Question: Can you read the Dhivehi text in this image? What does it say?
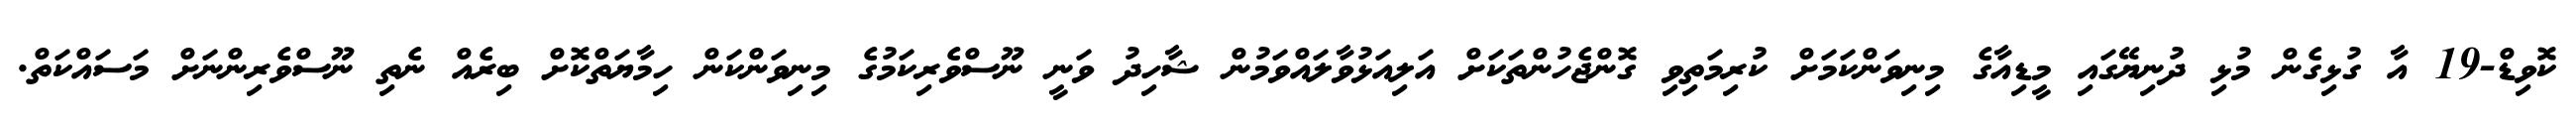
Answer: ކޮވިޑް-19 އާ ގުޅިގެން މުޅި ދުނިޔޭގައި މީޑިއާގެ މިނިވަންކަމަށް ކުރިމަތިވި ގޮންޖެހުންތަކަށް އަލިއަޅުވާލައްވަމުން ޝާހިދު ވަނީ ނޫސްވެރިކަމުގެ މިނިވަންކަން ހިމާޔަތްކޮށް ބިރެއް ނެތި ނޫސްވެރިންނަށް މަސައްކަތް.